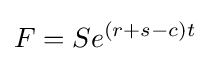
F=Se^{(r+s-c)t}